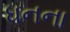
ધનના